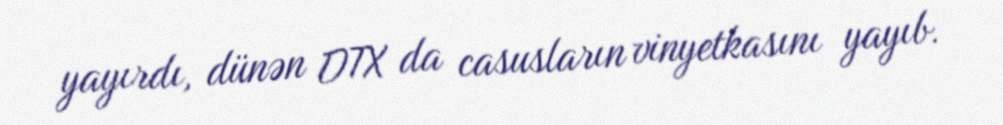
yayırdı, dünən DTX da casusların vinyetkasını yayıb.